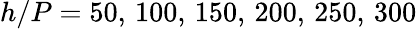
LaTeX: h/P=50,\, 100,\, 150,\, 200,\, 250,\, 300